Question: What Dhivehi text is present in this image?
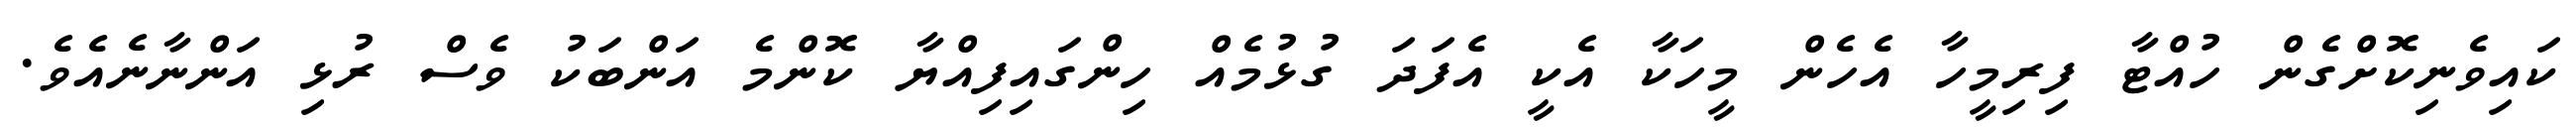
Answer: ކައިވެނިކޮށްގެން ހުއްޓާ ފިރިމީހާ އެހެން މީހަކާ އެކީ އެފަދަ ގުޅުމެއް ހިންގައިފިއްޔާ ކޮންމެ އަންބަކު ވެސް ރުޅި އަންނާނެއެވެ.